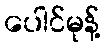
ပေါင်မုန့်